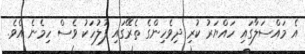
އެ މައްސަލާގައި ހައްޔަރު ކުރި ދިވެހިންގެ ތެރޭގައި ފުލުހަކު ވެސް ހިމެނެ އެވެ.